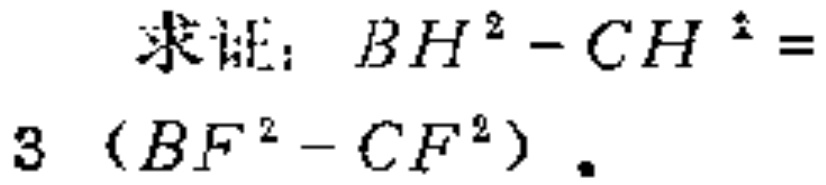
求证：\(BH^{2}-CH^{2}=3\left(BF^{2}-CF^{2}\right)\)。